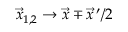
\vec { x } _ { 1 , 2 } \rightarrow \vec { x } \mp \vec { x } \, ^ { \prime } / 2